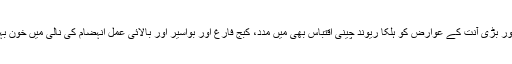
2. السر کی شفا، طحال اور بڑی آنت کے عوارض کو ہلکا ریوند چینی اقتباس بھی میں مدد، کبج فارغ اور بواسیر اور بالائی عمل انہضام کی نالی میں خون بہنے کو شفا کی مدد ہے ۔